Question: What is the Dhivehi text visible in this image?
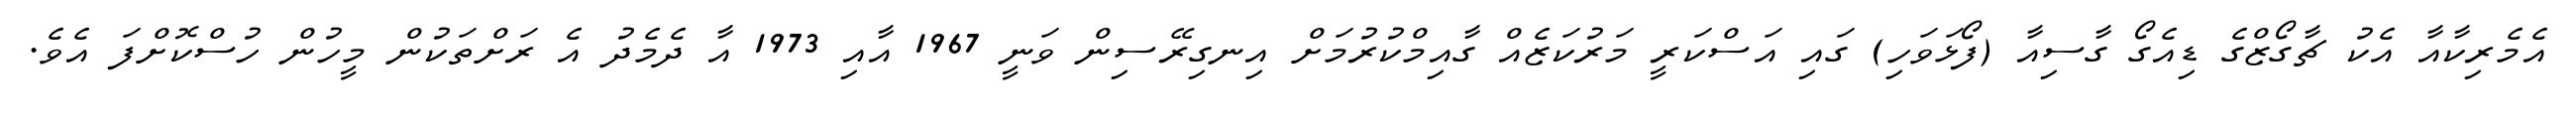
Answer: އެމެރިކާއާ އެކު ޗާގޯޒްގެ ޑިއެގޯ ގާސިއާ (ފޯޅަވަހި) ގައި އަސްކަރީ މަރުކަޒެއް ގާއިމްކުރުމަށް އިނގިރޭސިން ވަނީ 1967 އާއި 1973 އާ ދެމެދު އެ ރަށްތަކުން މީހުން ހުސްކޮށްފަ އެވެ.